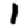
Digit: 1